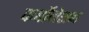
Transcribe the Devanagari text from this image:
कर्बोनेशन